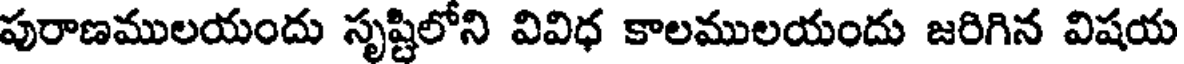
పురాణములయందు సృష్టిలోని వివిధ కాలములయందు జరిగిన విషయ